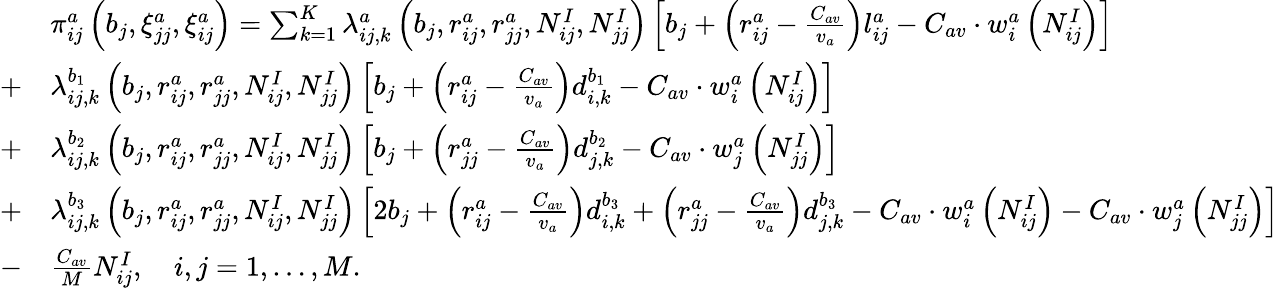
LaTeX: \begin{array}{rl}&{\pi_{ij}^{a}\left(b_{j},\xi_{jj}^{a},\xi_{ij}^{a}\right)=\sum_{k=1}^{K}\lambda_{ij,k}^{a}\left(b_{j},r_{ij}^{a},r_{jj}^{a},N_{ij}^{I},N_{jj}^{I}\right)\left[b_{j}+\left(r_{ij}^{a}-\frac{C_{av}}{v_{a}}\right)l_{ij}^{a}-C_{av}\cdot w_{i}^{a}\left(N_{ij}^{I}\right)\right]}\\ {+}&{\lambda_{ij,k}^{b_{1}}\left(b_{j},r_{ij}^{a},r_{jj}^{a},N_{ij}^{I},N_{jj}^{I}\right)\left[b_{j}+\left(r_{ij}^{a}-\frac{C_{av}}{v_{a}}\right)d_{i,k}^{b_{1}}-C_{av}\cdot w_{i}^{a}\left(N_{ij}^{I}\right)\right]}\\ {+}&{\lambda_{ij,k}^{b_{2}}\left(b_{j},r_{ij}^{a},r_{jj}^{a},N_{ij}^{I},N_{jj}^{I}\right)\left[b_{j}+\left(r_{jj}^{a}-\frac{C_{av}}{v_{a}}\right)d_{j,k}^{b_{2}}-C_{av}\cdot w_{j}^{a}\left(N_{jj}^{I}\right)\right]}\\ {+}&{\lambda_{ij,k}^{b_{3}}\left(b_{j},r_{ij}^{a},r_{jj}^{a},N_{ij}^{I},N_{jj}^{I}\right)\left[2b_{j}+\left(r_{ij}^{a}-\frac{C_{av}}{v_{a}}\right)d_{i,k}^{b_{3}}+\left(r_{jj}^{a}-\frac{C_{av}}{v_{a}}\right)d_{j,k}^{b_{3}}-C_{av}\cdot w_{i}^{a}\left(N_{ij}^{I}\right)-C_{av}\cdot w_{j}^{a}\left(N_{jj}^{I}\right)\right]}\\ {-}&{\frac{C_{av}}{M}N_{ij}^{I},\quad i,j=1,\dots,M.}\end{array}